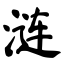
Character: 涟